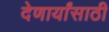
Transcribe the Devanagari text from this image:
देणार्यांसाठी